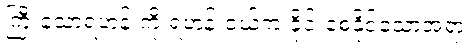
ကြီးသောရဟန်းကို ရဟန်းငယ်က ခိုင်းစေနိုင်သောအရာ